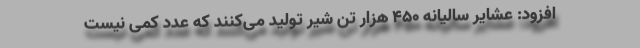
افزود: عشایر سالیانه ۴۵۰ هزار تن شیر تولید می‌کنند که عدد کمی نیست